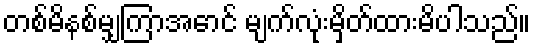
တစ်မိနစ်မျှကြာအောင် မျက်လုံးမှိတ်ထားမိပါသည်။